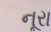
નૂરા